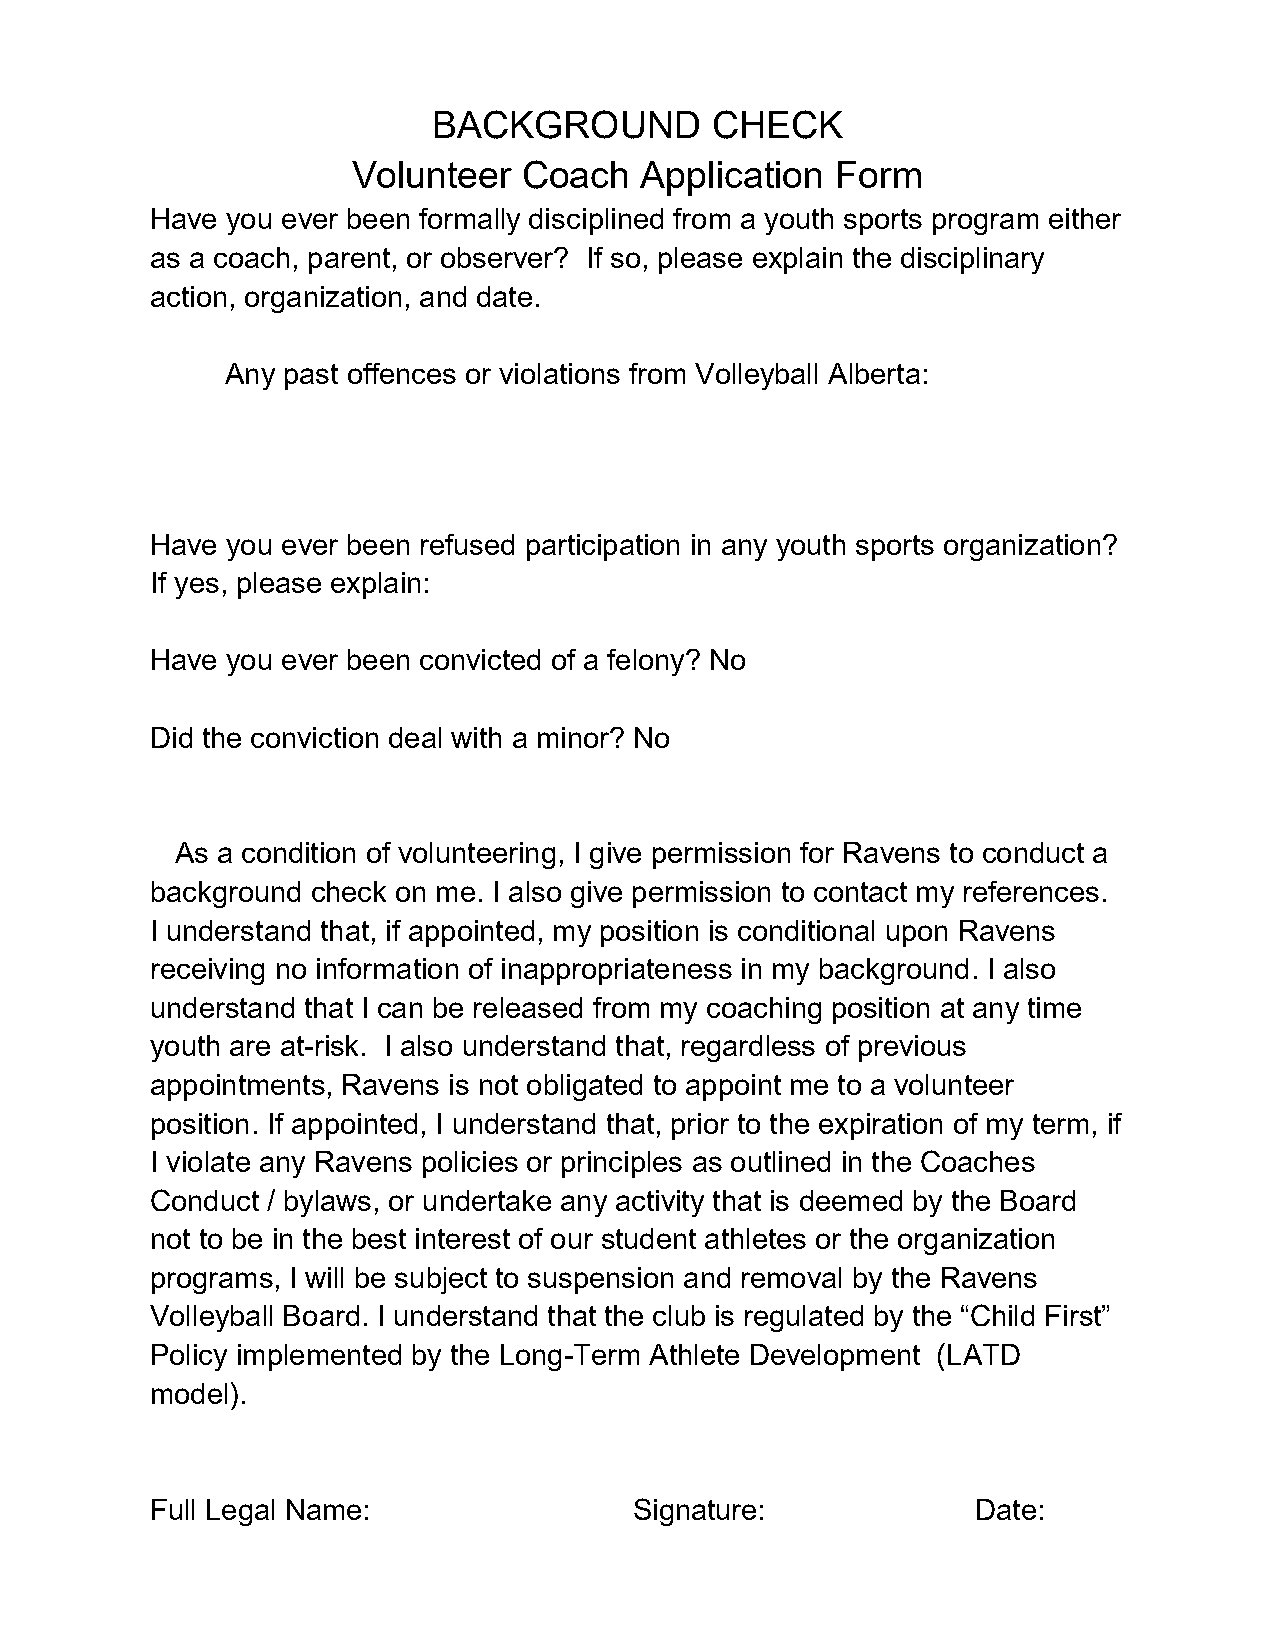
BACKGROUND        CHECK
 Volunteer   Coach  Application  Form
 Have you ever been formally disciplined from a youth sports program either
 as a coach, parent, or observer? If so, please explain the disciplinary
 action, organization, and date.
 Any past offences or violations from Volleyball Alberta:
 Have you ever been refused participation in any youth sports organization?
 If yes, please explain:
 Have you ever been convicted of a felony? No
 Did the conviction deal with a minor? No
 As a condition of volunteering, I give permission for Ravens to conduct a
 background check on me. I also give permission to contact my references.
 I understand that, if appointed, my position is conditional upon Ravens
 receiving no information of inappropriateness in my background. I also
 understand that I can be released from my coaching position at any time
 youth are at-risk. I also understand that, regardless of previous
 appointments, Ravens is not obligated to appoint me to a volunteer
 position. If appointed, I understand that, prior to the expiration of my term, if
 I violate any Ravens policies or principles as outlined in the Coaches
 Conduct / bylaws, or undertake any activity that is deemed by the Board
 not to be in the best interest of our student athletes or the organization
 programs, I will be subject to suspension and removal by the Ravens
 Volleyball Board. I understand that the club is regulated by the “Child First”
 Policy implemented by the Long-Term Athlete Development (LATD
 model).
 Full Legal Name:                Signature:             Date: